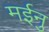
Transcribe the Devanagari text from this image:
मईनु